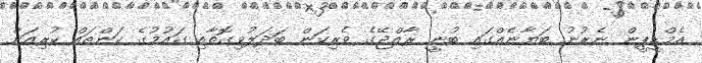
އެމްޑީޕީން ނެރުނު ބަޔާނެއްގައި ބުނީ ރާއްޖޭގެ ވެރިކަން ބަދަލުވިގޮތާއި ގައުމުގެ ކަންތައް ކުރިއަށް